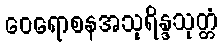
ဝေရောစနအသုရိန္ဒသုတ္တံ